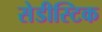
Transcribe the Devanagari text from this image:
सेडीस्टिक